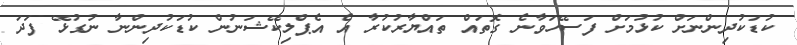
ކުޑަކުދިންނަށް ކުޅުމަށް ފަސޭހަވާނެ ގޮތައް ތައްޔާރުކުރާ އެ އެޕްލިކޭޝަނުން ކުޑަކުދިންނާ ނުގުޅޭ ފަދަ